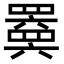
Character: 𬙩